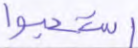
استحبوا